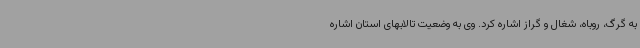
به گرگ، روباه، شغال و گراز اشاره کرد. وی به وضعیت تالابهای استان اشاره